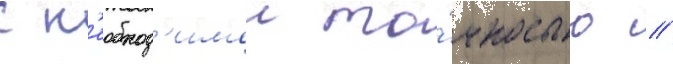
с н'еобход'имои то́чностью //